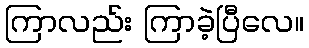
ကြာလည်း ကြာခဲ့ပြီလေ။